Civil Veterinary Dept. Bombay admin report 1893-99 - 1893-1899
Year: 1893
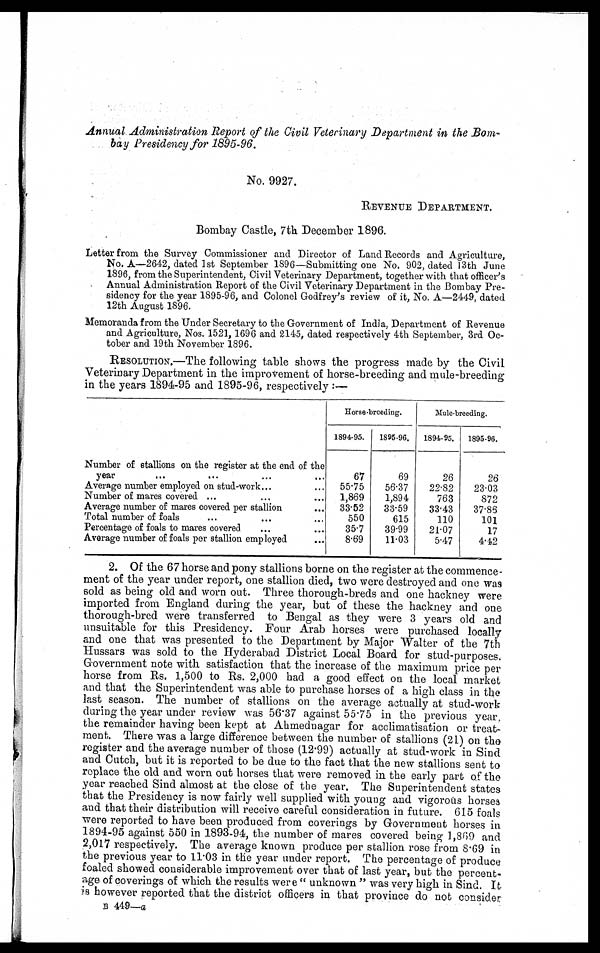
Annual Administration Report of the Civil Veterinary Department in the Bom-
bay Presidency for 1895-96.
No. 9927.
REVENUE
DEPARTMENT.
Bombay Castle, 7th December 1896.
Letter from the Survey Commissioner and Director of Land Records and Agriculture,
No. A—2642, dated 1st September 1896—Submitting one No. 902, dated 13th June
1896, from the Superintendent, Civil Veterinary Department, together with that officer's
Annual Administration Report of the Civil Veterinary Department in the Bombay Pre-
sidency for the year 1895-96, and Colonel Godfrey's review of it, No. A—2449, dated
12th August 1896.
Memoranda from the Under Secretary to the Government of India, Department of Revenue
and Agriculture, Nos. 1521, 1696 and 2145, dated respectively 4th September, 3rd Oc-
tober and 19th November 1896.
RESOLUTION.—The following table shows the progress made by the Civil
Veterinary Department in the improvement of horse-breeding and mule-breeding
in the years 1894-95 and 1895-96, respectively:—
Number of stallions on the register at the end of the
year
... ... ... ...
Average number employed on stud-work... ...
Number of mares covered ... ... ...
Average number of mares covered per stallion ...
Total number of foals ... ... ...
Percentage of foals to mares covered ... ...
Average number of foals per stallion employed ...
Horse-breeding.
1894-95.
67
55.75
1,869
33.52
550
35.7
8.69
1895-96.
69
56.37
1,894
33.59
615
39.99
11.03
Mule-breeding.
1894-95.
26
22.82
763
33.43
110
21.07
5.47
1895-96.
26
23.03
872
37.86
101
17
4.42
2. Of the 67 horse and pony stallions borne on the register at the commence-
ment of the year under report, one stallion died, two were destroyed and one was
sold as being old and worn out. Three thorough-breds and one hackney were
imported from England during the year, but of these the hackney and one
thorough-bred were transferred to Bengal as they were 3 years old and
unsuitable for this Presidency. Four Arab horses were purchased locally
and one that was presented to the Department by Major Walter of the 7th
Hussars was sold to the Hyderabad District Local Board for stud-purposes.
Government note with satisfaction that the increase of the maximum price per
horse from Rs. 1,500 to Rs. 2,000 had a good effect on the local market
and that the Superintendent was able to purchase horses of a high class in the
last season. The number of stallions on the average actually at stud-work
during the year under review was 56.37 against 55.75 in the previous year,
the remainder having been kept at Ahmednagar for acclimatisation or treat-
ment. There was a large difference between the number of stallions (21) on the
register and the average number of those (12.99) actually at stud-work in Sind
and Cutch, but it is reported to be due to the fact that the new stallions sent to
replace the old and worn out horses that were removed in the early part of the
year reached Sind almost at the close of the year. The Superintendent states
that the Presidency is now fairly well supplied with young and vigorous horses
and that their distribution will receive careful consideration in future. 615 foals
were reported to have been produced from coverings by Government horses in
1894-95 against 550 in 1893-94, the number of mares covered being 1,869 and
2,017 respectively. The average known produce per stallion rose from 8.69 in
the previous year to 11.03 in the year under report. The percentage of produce
foaled showed considerable improvement over that of last year, but the percent-
age of coverings of which the results were "unknown" was very high in Sind. It
is however reported that the district officers in that province do not consider
B 449—a